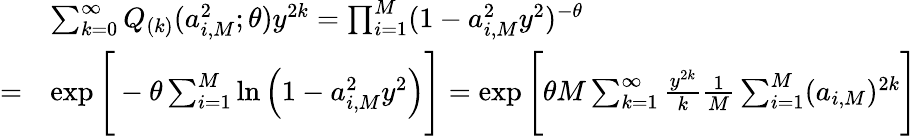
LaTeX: \begin{array}{rl}&{\sum_{k=0}^{\infty}Q_{(k)}(a_{i,M}^{2};\theta)y^{2k}=\prod_{i=1}^{M}(1-a_{i,M}^{2}y^{2})^{-\theta}}\\ {=}&{\exp\Bigg[-\theta\sum_{i=1}^{M}\ln\Big(1-a_{i,M}^{2}y^{2}\Big)\Bigg]=\exp\Bigg[\theta M\sum_{k=1}^{\infty}\frac{y^{2k}}{k}\frac{1}{M}\sum_{i=1}^{M}(a_{i,M})^{2k}\Bigg]}\end{array}